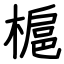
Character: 槴